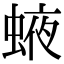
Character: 𧌊